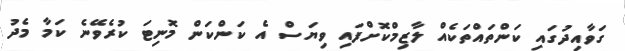
ގަވާއިދުގައި ކަންތައްތަކެއް ލާޒިމްކޮށްފައި ވިޔަސް އެ ކަންކަން މޮނިޓަ ކުރެވޭނެ ކަމާ މެދު